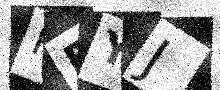
Text: PFYJ